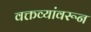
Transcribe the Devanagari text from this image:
वक्तव्यांवरून